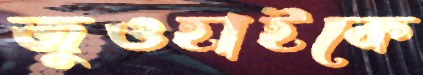
জুওহাইকে